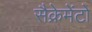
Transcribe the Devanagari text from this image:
सैक्रेमेंटो